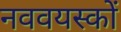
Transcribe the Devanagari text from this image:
नववयस्कों